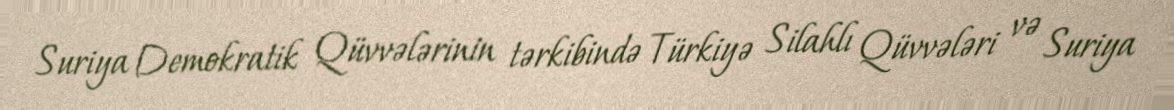
Suriya Demokratik Qüvvələrinin tərkibində Türkiyə Silahlı Qüvvələri və Suriya